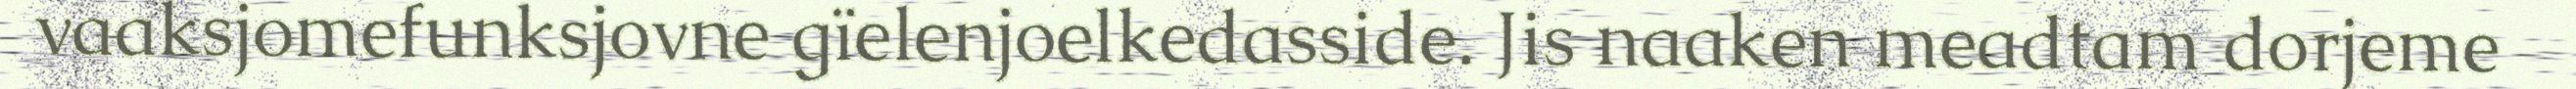
vaaksjomefunksjovne gïelenjoelkedasside. Jis naaken meadtam dorjeme